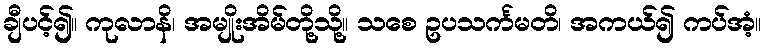
ချီပင့်၍။ ကုလာနိ၊ အမျိုးအိမ်တို့သို့။ သစေ ဥပသင်္ကမတိ၊ အကယ်၍ ကပ်အံ့။